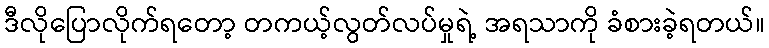
ဒီလိုပြောလိုက်ရတော့ တကယ့်လွတ်လပ်မှုရဲ့ အရသာကို ခံစားခဲ့ရတယ်။